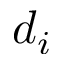
d _ { i }